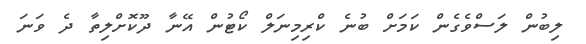
ލިބުން ލަސްވެގެން ކަމަށް ބުނެ ކްރިމިނަލް ކޯޓުން އޭނާ ދޫކޮށްލިތާ ދެ ވަނަ